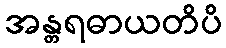
အန္တရဓာယတိပိ